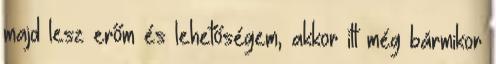
majd lesz erőm és lehetőségem, akkor itt még bármikor